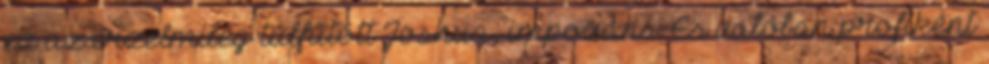
ez az érzelmileg túlfűtött Joshua, impozáns. És valóban profiként